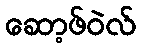
ဆော့ဖ်ဝဲလ်